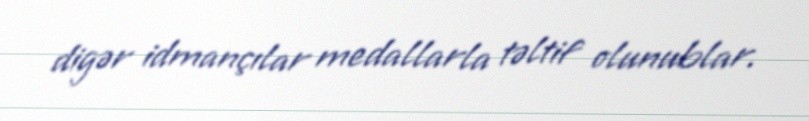
digər idmançılar medallarla təltif olunublar.